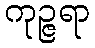
ကုဉ္ဇရာ